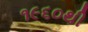
૧૯૬૦થી